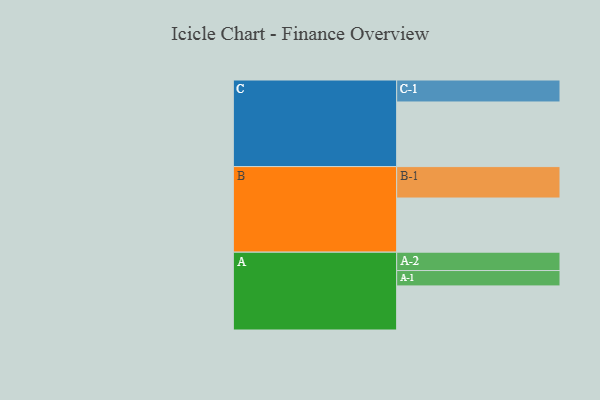
{"axis": {"x": "Segment", "y": "Value"}, "legend": ["", "A", "B", "C"], "data": [{"x": "A", "y": 341, "type": ""}, {"x": "B", "y": 419, "type": ""}, {"x": "C", "y": 500, "type": ""}, {"x": "A-1", "y": 119, "type": "A"}, {"x": "A-2", "y": 142, "type": "A"}, {"x": "B-1", "y": 243, "type": "B"}, {"x": "C-1", "y": 170, "type": "C"}]}